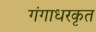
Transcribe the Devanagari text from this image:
गंगाधरकृत